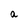
Character: a